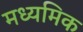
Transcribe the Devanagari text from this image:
मध्यमिक